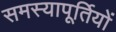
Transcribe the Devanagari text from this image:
समस्यापूर्तियों